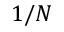
1 / N